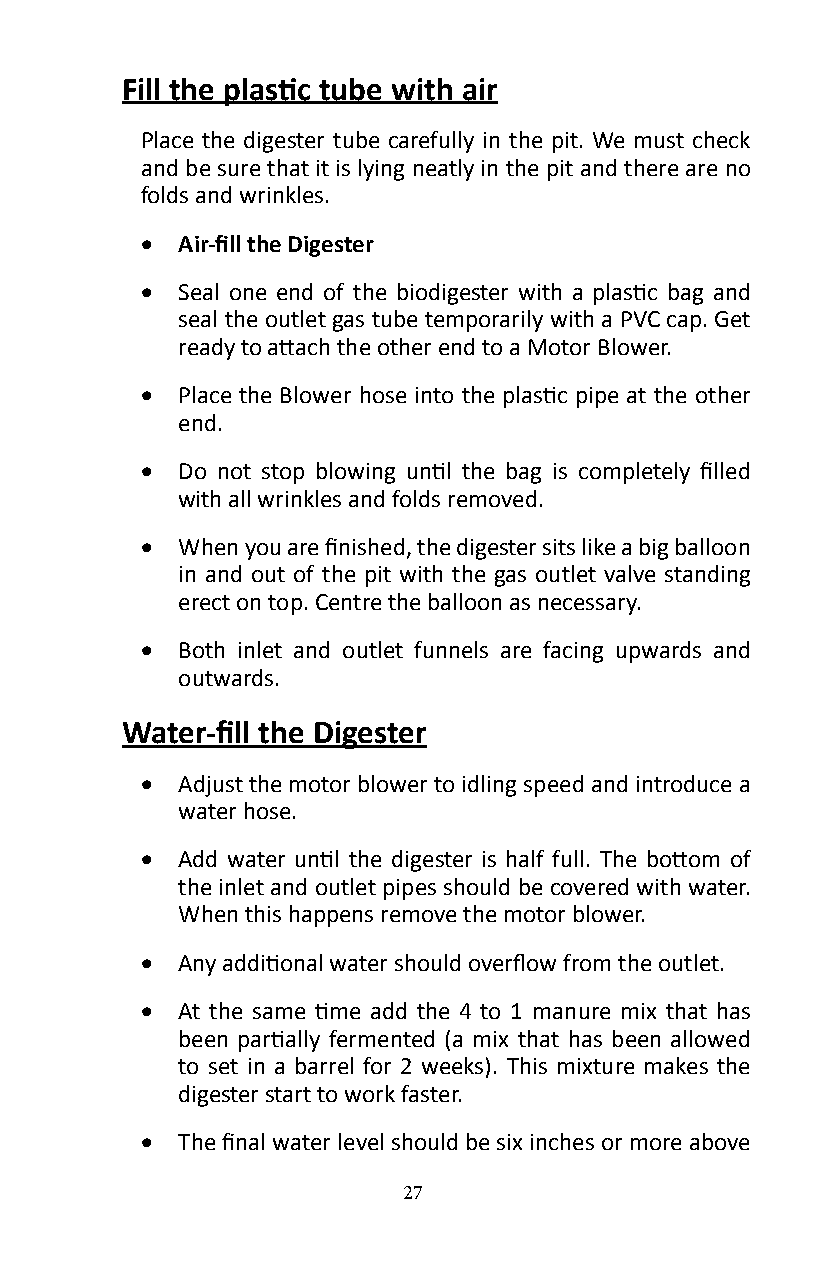
Fill the plastic tube with air
 Place the digester tube carefully in the pit� We must check
 and be sure that it is lying neatly in the pit and there are no
 folds and wrinkles�
 •  Air-fill the Digester
 •  Seal one end of the biodigester with a plastic bag and
 seal the outlet gas tube temporarily with a PVC cap. Get
 ready to attach the other end to a Motor Blower.
 •  Place the Blower hose into the plastic pipe at the other
 end�
 •  Do not stop blowing until the bag is completely filled
 with all wrinkles and folds removed�
 •  When you are finished, the digester sits like a big balloon
 in and out of the pit with the gas outlet valve standing
 erect on top� Centre the balloon as necessary�
 •  Both inlet and outlet funnels are facing upwards and
 outwards�
 Water-fill the Digester
 •  Adjust the motor blower to idling speed and introduce a
 water hose�
 •  Add water until the digester is half full. The bottom of
 the inlet and outlet pipes should be covered with water�
 When this happens remove the motor blower�
 •  Any additional water should overflow from the outlet.
 •  At the same time add the 4 to 1 manure mix that has
 been partially fermented (a mix that has been allowed
 to set in a barrel for 2 weeks). This mixture makes the
 digester start to work faster�
 •  The final water level should be six inches or more above
 27